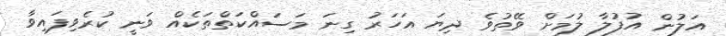
އަލުން އުފުލާ ލުމަށް ވޭތުވެ ދިޔަ އަހަރު ގިނަ މަސައްކަތްތަކެއް ވަނީ ކުރެވިފައިވާ